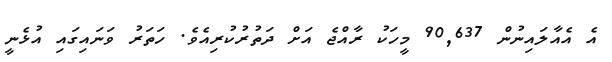
އެ އެއާލައިނުން 90